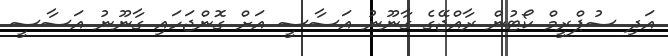
އަދި ސުޕްރީމް ކޯޓުން ރާއްޖޭގެ ގާނޫނު އަސާސީ އަށް ގޮންޖަހައި ގާނޫނު އަސާސީ